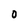
Character: O